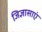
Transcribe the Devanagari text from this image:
जिज्ञासाएं